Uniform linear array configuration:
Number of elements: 24
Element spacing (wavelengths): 1
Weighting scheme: kaiser
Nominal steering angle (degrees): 0
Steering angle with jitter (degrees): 0.7629
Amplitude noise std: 0.05
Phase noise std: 0.05

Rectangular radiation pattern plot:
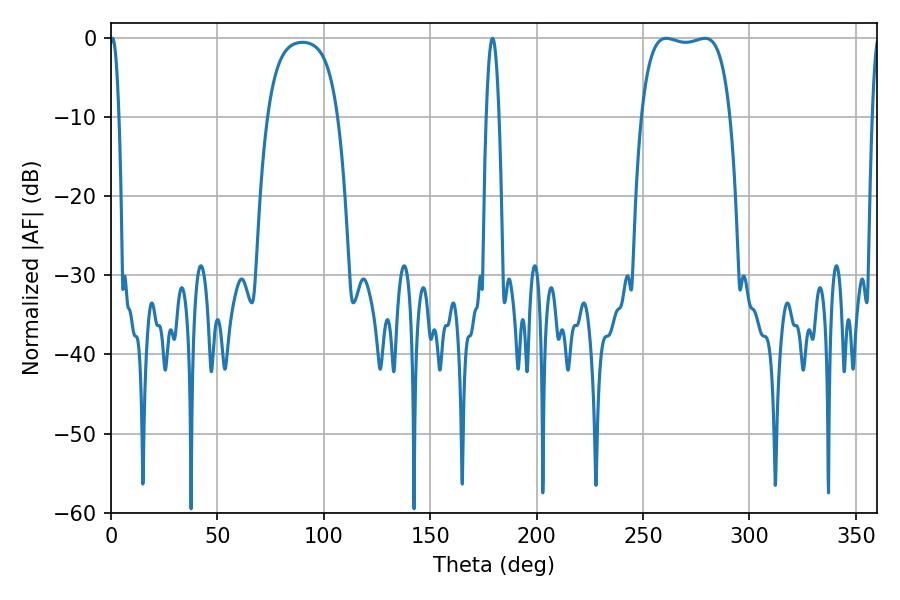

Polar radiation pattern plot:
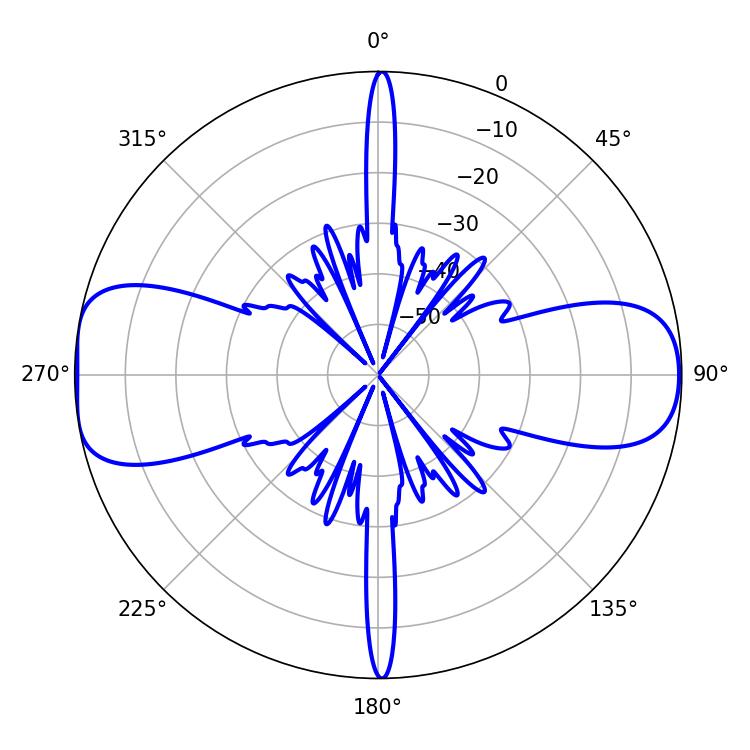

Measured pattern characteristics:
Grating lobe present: TRUE
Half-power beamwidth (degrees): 2.34
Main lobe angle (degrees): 0.72